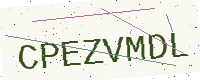
Text: CPEZVMDL